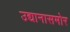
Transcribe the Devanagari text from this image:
उद्यानासमोर